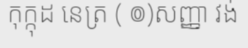
កុក្កុដ នេត្រ ( ៙)សញ្ញា វង់